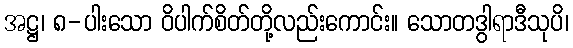
အဋ္ဌ၊ ၈-ပါးသော ဝိပါက်စိတ်တို့လည်းကောင်း။ သောတဒွါရာဒီသုပိ၊